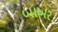
બાખર